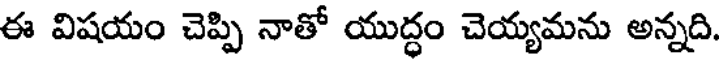
ఈ విషయం చెప్పి నాతో యుద్ధం చెయ్యమను అన్నది.